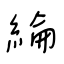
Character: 綸